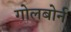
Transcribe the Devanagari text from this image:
गोलबोर्न